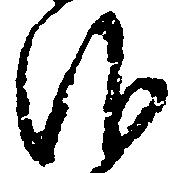
仰